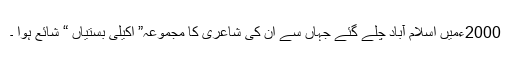
2000ءمیں اسلام آباد چلے گئے جہاں سے ان کی شاعری کا مجموعہ” اکیلی بستیاں “ شائع ہوا ۔